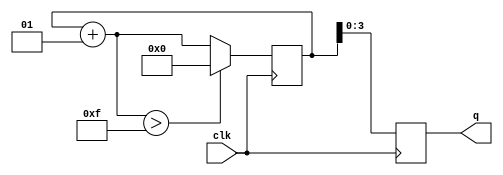
module bit4counter(clk,q);
	input clk;
	output reg [3:0] q;
	reg [3:0] count;
	integer c;
	initial 
	begin
		c=0;
	end
	always@(posedge clk)
	begin
		count=c;
		c=c+1;
		if(c>15)c=0;
	end
	always@(count)
	begin
		q=count;
	end
endmodule
module bit4downcounter(clk,q);
	input clk;
	output reg [3:0] q;
	reg [3:0] count;
	integer c;
	initial 
	begin
		c=15;
	end
	always@(posedge clk)
	begin
		count=c;
		c=c-1;
		if(c<0)c=15;
	end
	always@(count)
	begin
		q=count;
	end
endmodule
module testbench;
	reg clk;
	wire [3:0] q;
	bit4downcounter b4c(clk,q);
	initial
	begin
	 #0 clk=1'b0;
	end
	always
	begin
		#2 clk=~clk;
	end	
	initial
	begin
		#2 $monitor("q=%d",q);
		#200 $finish;
	end
endmodule